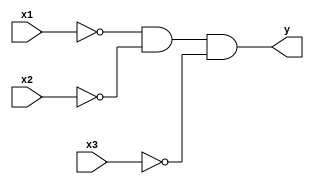
module not_and3(x1, x2, x3, y);
    input   x1, x2, x3;
    output  y;

    assign y = ~x1 & ~x2 & ~x3;
endmodule